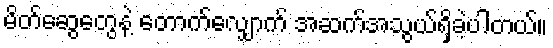
မိတ်ဆွေတွေနဲ့ တောက်လျှောက် အဆက်အသွယ်ရှိခဲ့ပါတယ်။